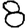
Digit: 8